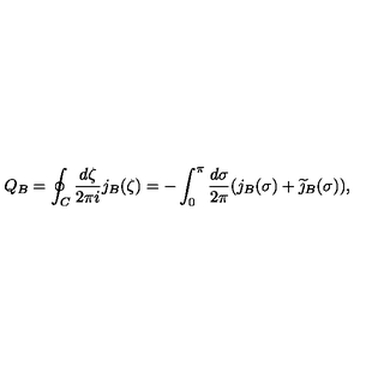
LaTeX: Q _ { B } = \oint _ { C } \frac { d \zeta } { 2 \pi i } j _ { B } ( \zeta ) = - \int _ { 0 } ^ { \pi } \frac { d \sigma } { 2 \pi } ( j _ { B } ( \sigma ) + \widetilde { \jmath } _ { B } ( \sigma ) ) ,